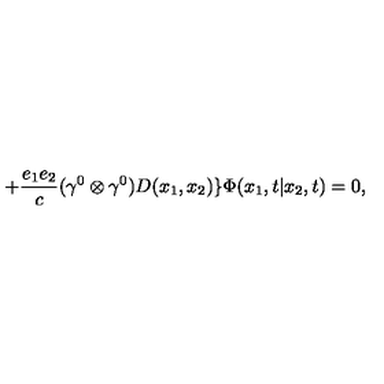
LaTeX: + \frac { e _ { 1 } e _ { 2 } } { c } ( { \gamma } ^ { 0 } \otimes { \gamma } ^ { 0 } ) D ( x _ { 1 } , x _ { 2 } ) \} { \Phi } ( x _ { 1 } , t | x _ { 2 } , t ) = 0 ,